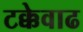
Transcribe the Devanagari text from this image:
टक्केवाढ